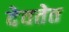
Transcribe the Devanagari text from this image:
देवतेत